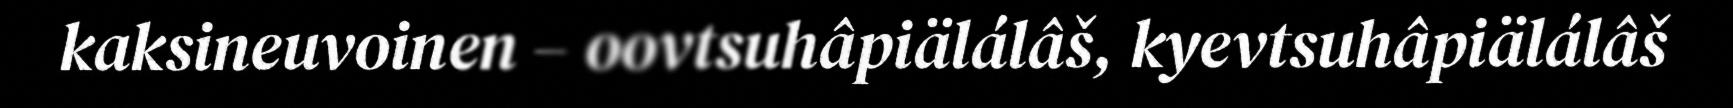
kaksineuvoinen – oovtsuhâpiälálâš, kyevtsuhâpiälálâš